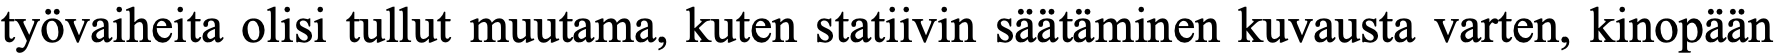
työvaiheita olisi tullut muutama, kuten statiivin säätäminen kuvausta varten, kinopään